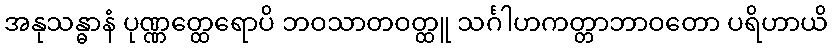
အနုသန္ဓာနံ ပုဏ္ဏတ္ထေရောပိ ဘဝသာတဝတ္ထူ သင်္ဂါဟကတ္တာဘာဝတော ပရိဟာယိ